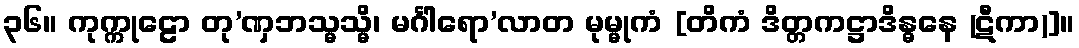
၃၆။ ကုက္ကုဠော တု’ဏှဘသ္မသ္မိ၊ မင်္ဂါရော’လာတ မုမ္မုကံ [တိကံ ဒိတ္တကဋ္ဌာဒိန္ဓနေ (ဋီကာ)]။